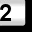
Digit: 2